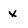
Character: X